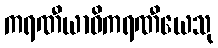
ကရဏီယာဓိကရဏီယေသု